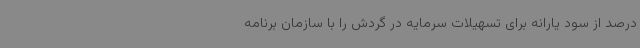
درصد از سود یارانه برای تسهیلات سرمایه در گردش را با سازمان برنامه